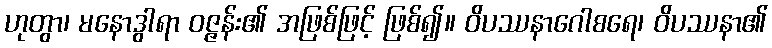
ဟုတွာ၊ မနောဒွါရာ ဝဇ္ဇန်း၏ အဖြစ်ဖြင့် ဖြစ်၍။ ဝိပဿနာဂေါစရေ၊ ဝိပဿနာ၏